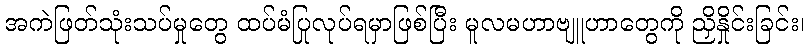
အကဲဖြတ်သုံးသပ်မှုတွေ ထပ်မံပြုလုပ်ရမှာဖြစ်ပြီး မူလမဟာဗျူဟာတွေကို ညှိနှိုင်းခြင်း၊